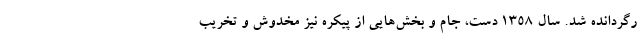
رگردانده شد. سال ۱۳۵۸ دست، جام و بخش‌هایی از پیکره نیز مخدوش و تخریب